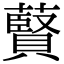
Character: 藖